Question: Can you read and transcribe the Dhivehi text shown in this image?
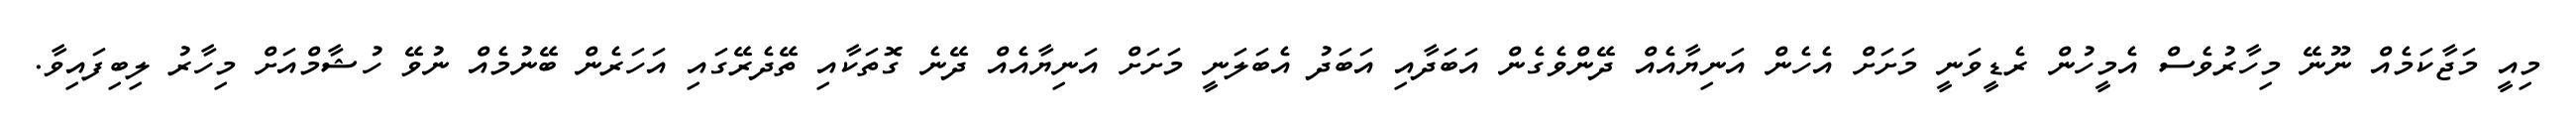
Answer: މިއީ މަޖާކަމެއް ނޫނޭ މިހާރުވެސް އެމީހުން ރެޑީވަނީ މަށަށް އެހެން އަނިޔާއެއް ދޭންވެގެން އަބަދާއި އަބަދު އެބަލަނީ މަށަށް އަނިޔާއެއް ދޭނެ ގޮތަކާއި ތޭދެރޭގައި އަހަރެން ބޭނުމެއް ނުވޭ ހުޝާމްއަށް މިހާރު ލިބިފައިވާ.